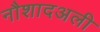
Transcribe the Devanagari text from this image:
नौशादअली